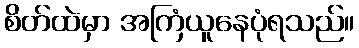
စိတ်ထဲမှာ အကြံယူနေပုံရသည်။